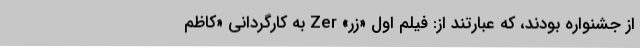
از جشنواره بودند، که عبارتند از: فیلم اول «زَر» Zer به کارگردانی «کاظم